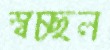
স্বচ্ছল